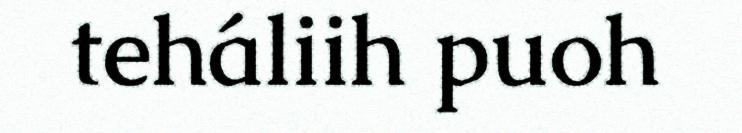
teháliih puoh